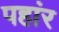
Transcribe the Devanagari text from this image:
पहांर